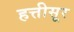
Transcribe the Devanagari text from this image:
हत्तीसूर